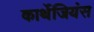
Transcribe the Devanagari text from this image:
कार्थेजियंस